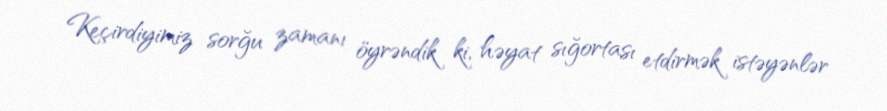
Keçirdiyimiz sorğu zamanı öyrəndik ki, həyat sığortası etdirmək istəyənlər